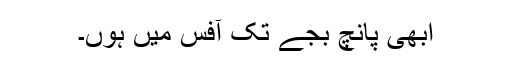
ابھی پانچ بجے تک آفس میں ہوں۔